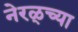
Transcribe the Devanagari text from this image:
नेरळ्च्या